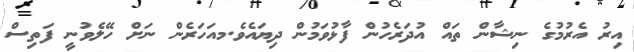
އިރު އެރުމުގެ ނިޝާން ތައް އުދަރެހުން ފާޅުވަމުން ދިޔައެވެ.މއަހަރެން ނަށް ހޭލެވުނީ ފަތިސް